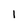
Character: 1